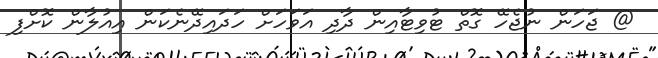
@ ޖަހަން ނުޖެހޭ ގޮތް ޓުވިޓާއިން ދާދި އަވަހަށް ހަދައިދޭނެކަން އިއުލާން ކޮށްފި